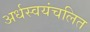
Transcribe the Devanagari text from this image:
अर्धस्वयंचलित